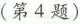
(第4题)